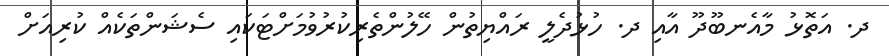
ދ. އަތޮޅު މާއެނބޫދޫ އާއި ދ. ހުޅުދެލީ ރައްޔިތުން ހޭލުންތެރިކުރުވުމަށްޓަކައި ސެޝަންތަކެއް ކުރިއަށް